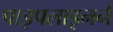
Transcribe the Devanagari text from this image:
पाइपलाइनने